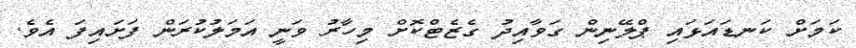
ކަމަށް ކަނޑައަޅައި ޕްލޭނިން ގަވާއިދު ގެޒެޓްކޮށް މިހާރު ވަނީ އަމަލުކުރަން ފަށައިފަ އެވެ.